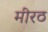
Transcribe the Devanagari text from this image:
मीरठ